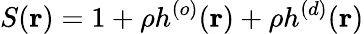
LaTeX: S({\mathbf r})=1+\rho h^{(o)}({\mathbf r})+\rho h^{(d)}({\mathbf r})